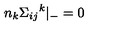
n _ { k } { { \Sigma } _ { i j } } ^ { k } { \vert } _ { - } = 0